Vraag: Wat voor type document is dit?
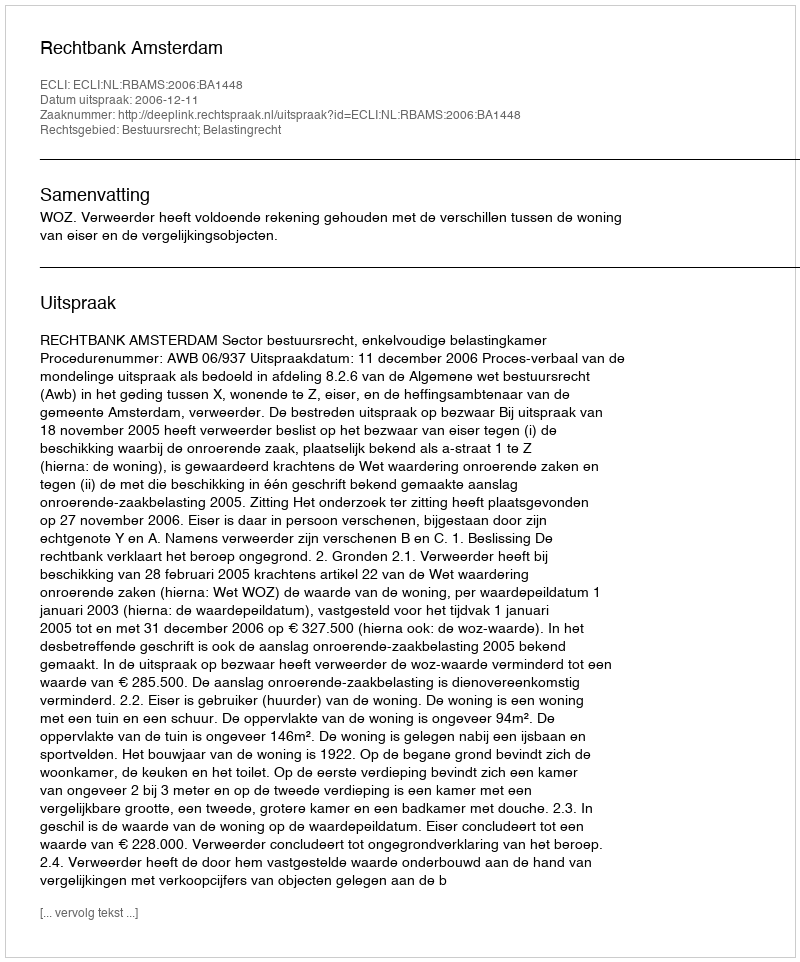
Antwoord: Uitspraak